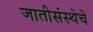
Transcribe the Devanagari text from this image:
जातीसंस्थेचे